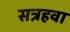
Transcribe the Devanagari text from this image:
सत्रहवा